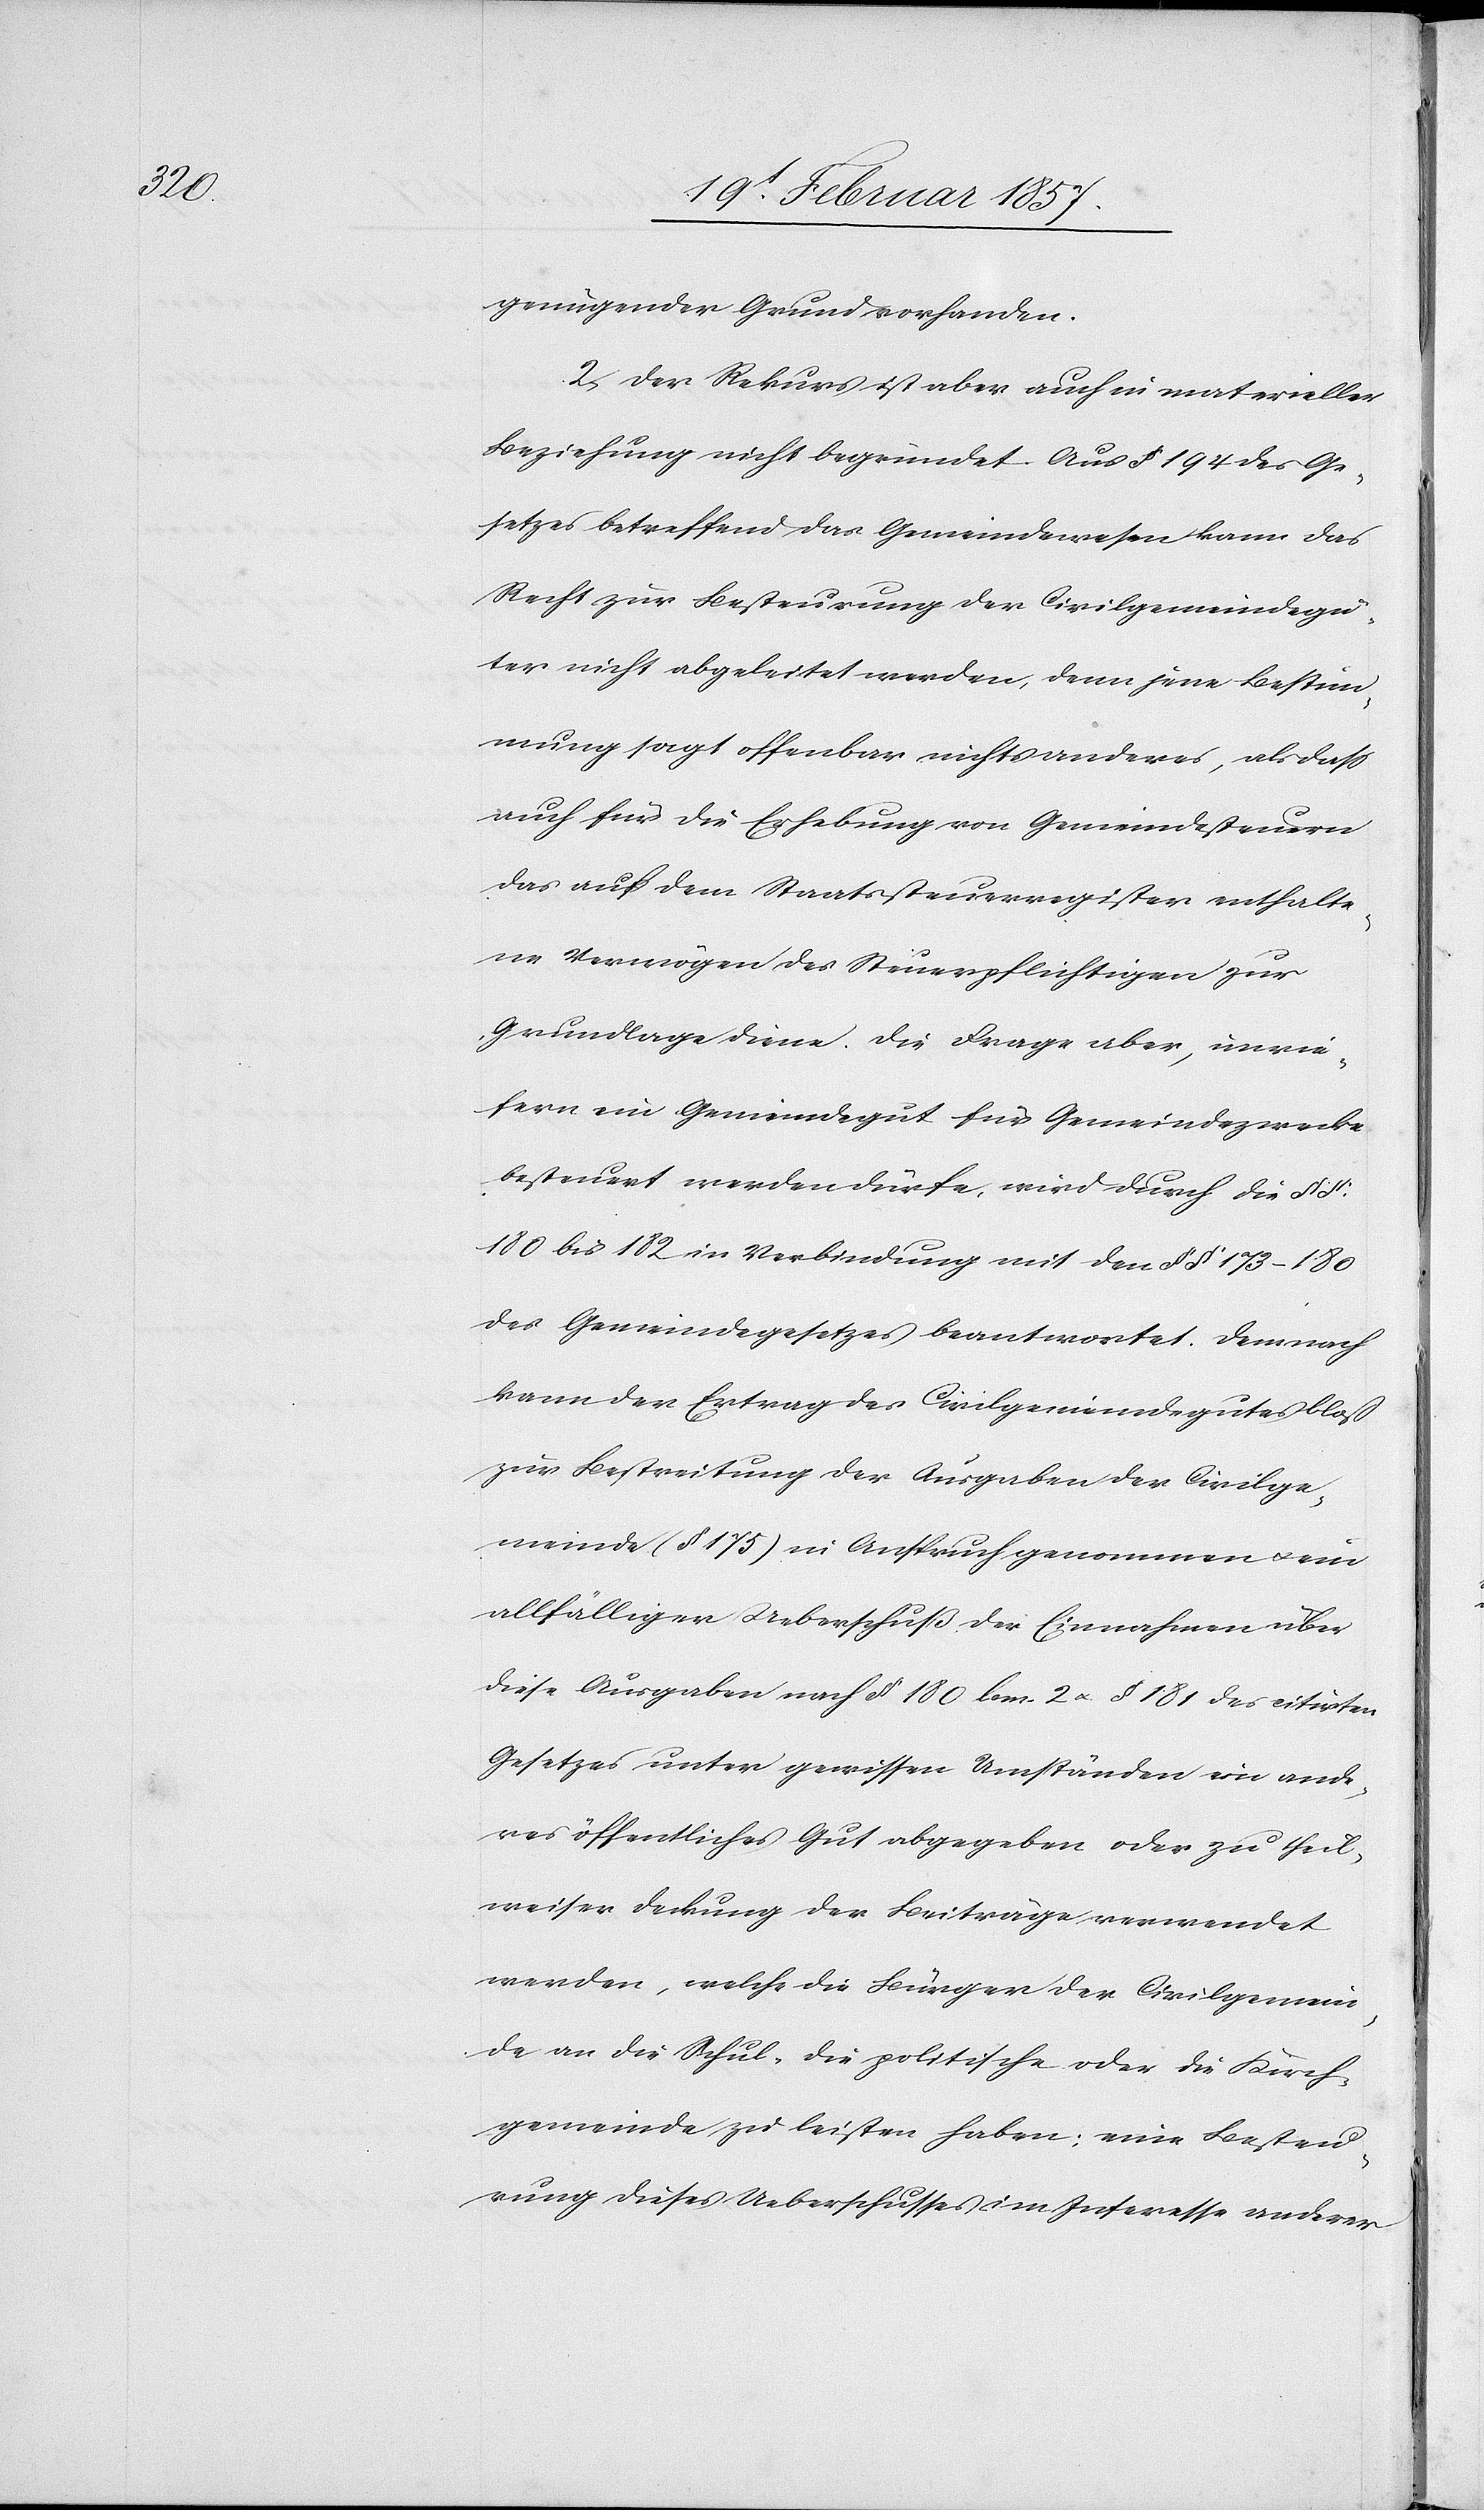
genügender Grund vorhanden.
2. Der Rekurs ist aber auch in materieller
Beziehung nicht begründet. Aus § 194 des Ge¬
setzes betreffend das Gemeindewesen kann das
Recht zur Besteurung der Civilgemeindegü¬
ter nicht abgeleitet werden, denn jene Bestim¬
mung sagt offenbar nichts anderes, als daß
auch für die Erhebung von Gemeindesteuern
das auf dem Staatssteuerregister enthalte¬
ne Vermögen des Steuerpflichtigen zur
Grundlage diene. Die Frage aber, inwie¬
fern ein Gemeindegut für Gemeindezwecke
besteuert werden dürfe, wird durch die § §.
180 bis 182 in Verbindung mit den § § 173–180
des Gemeindegesetzes beantwortet. Demnach
kann der Ertrag des Civilgemeindegutes bloß
zur Bestreitung der Ausgaben der Civilge¬
meinde (§ 175) in Anspruch genommen u. ein
allfälliger Ueberschuß der Einnahmen über
diese Ausgaben nach § 180 lem. 2 u. § 181 des citirten
Gesetzes unter gewissen Umständen ein ande¬
res öffentliches Gut abgegeben oder zu theil¬
weiser Deckung der Beiträge verwendet
werden, welche die Bürger der Civilgemein¬
de an die Schul-[,] die politische oder die Kirch¬
gemeinde zu leisten haben; eine Besteu¬
rung dieses Ueberschusses im Interesse anderer